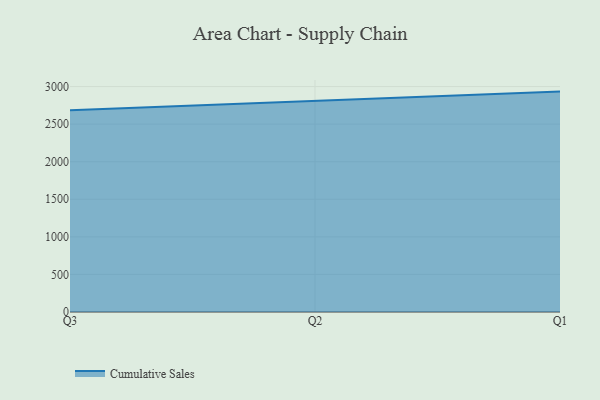
{"axis": {"x": "Quarter", "y": "Customer Acquisition Cost (USD)"}, "legend": ["Cumulative Sales"], "data": [{"x": "Q3", "y": 2685.0, "type": "Cumulative Sales"}, {"x": "Q2", "y": 2807.6, "type": "Cumulative Sales"}, {"x": "Q1", "y": 2933.0, "type": "Cumulative Sales"}]}